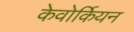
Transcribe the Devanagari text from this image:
केवोर्कियन